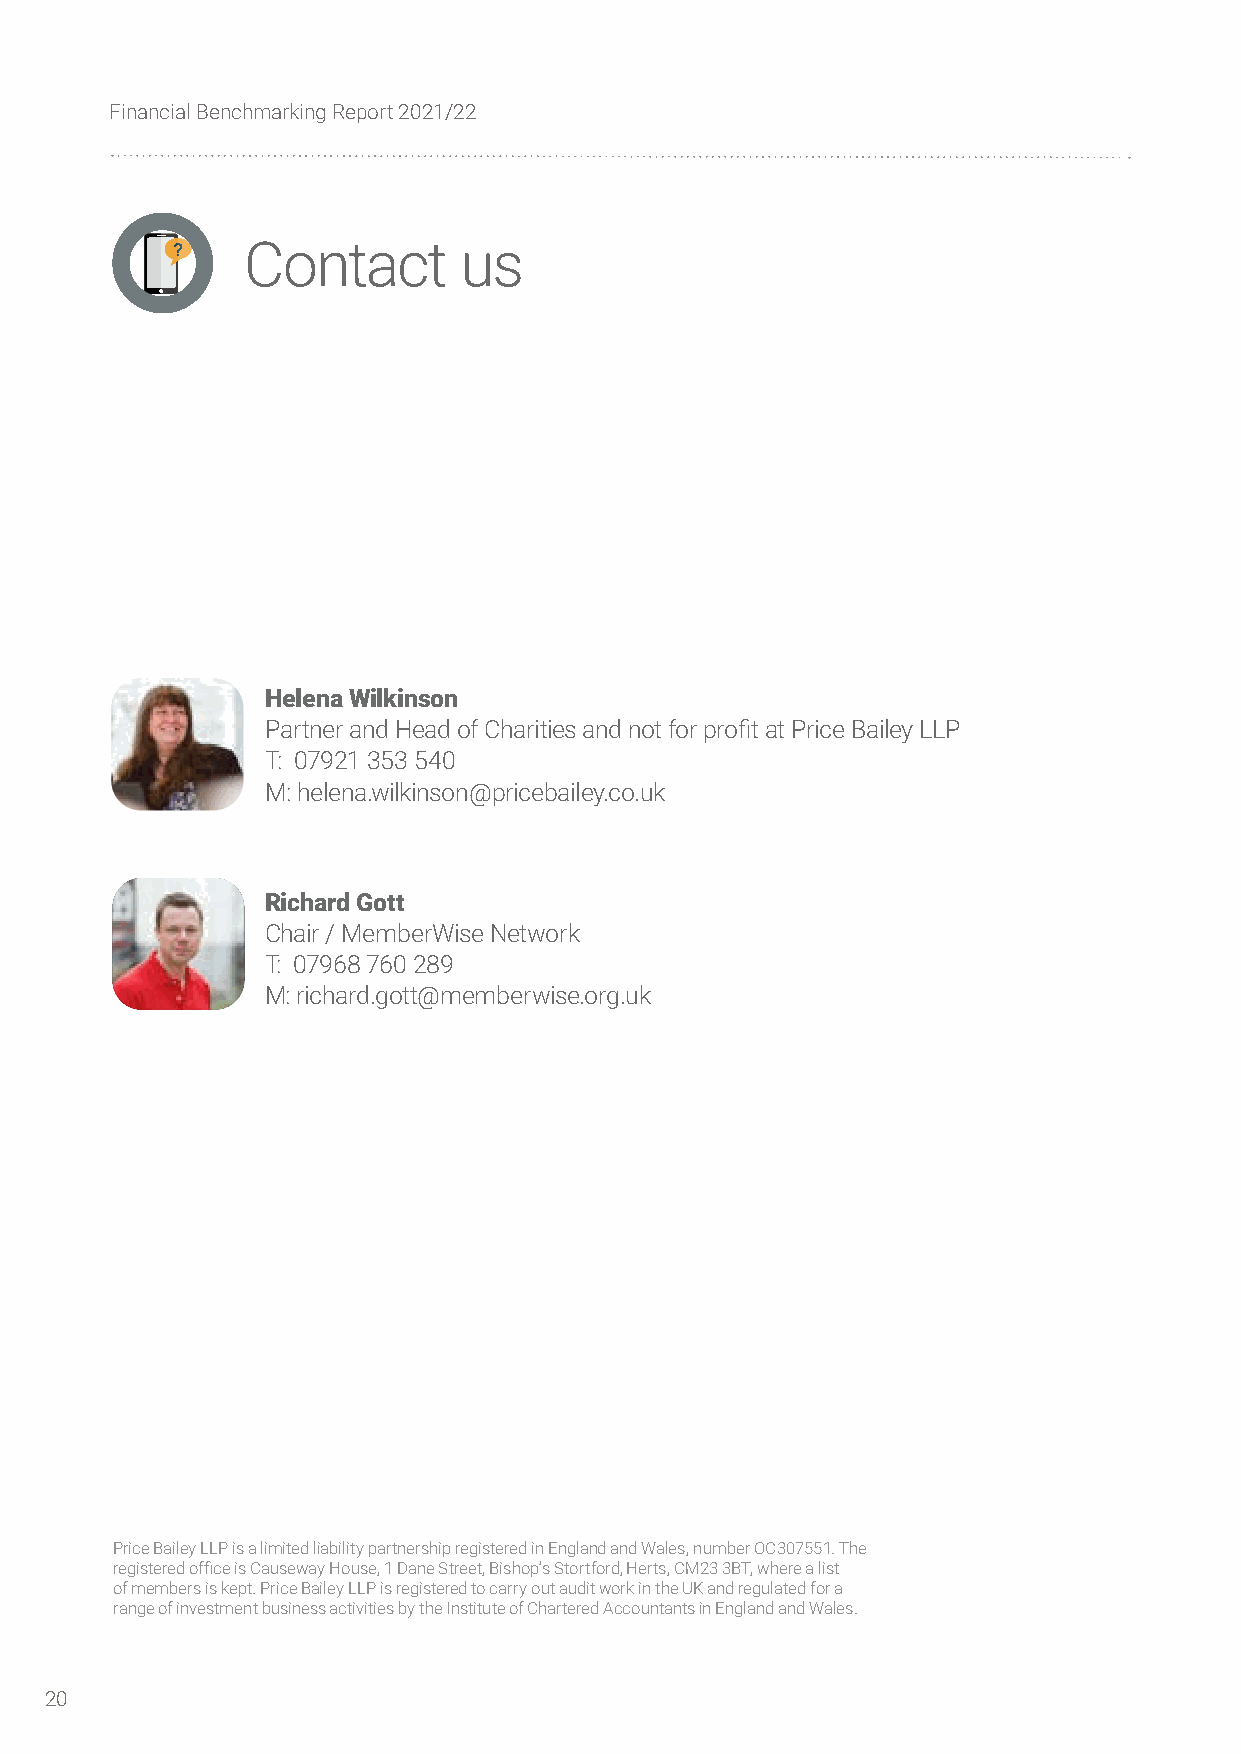
Financial Benchmarking Report 2021/22
 Contact       us
 Helena Wilkinson
 Partner and Head of Charities and not for profit at Price Bailey LLP
 T: 07921 353 540
 M: helena.wilkinson@pricebailey.co.uk
 Richard Gott
 Chair / MemberWise Network
 T: 07968 760 289
 M: richard.gott@memberwise.org.uk
 Price Bailey LLP is a limited liability partnership registered in England and Wales, number OC307551. The
 registered office is Causeway House, 1 Dane Street, Bishop’s Stortford, Herts, CM23 3BT, where a list
 of members is kept. Price Bailey LLP is registered to carry out audit work in the UK and regulated for a
 range of investment business activities by the Institute of Chartered Accountants in England and Wales.
 20